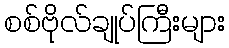
စစ်ဗိုလ်ချုပ်ကြီးများ